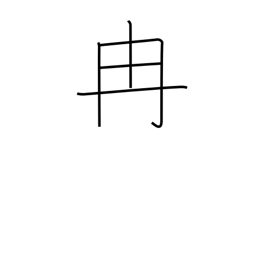
Meaning: tan